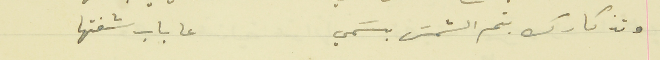
وتذكارك بتم الشمسَ بسَمي                              عاباب شفتها